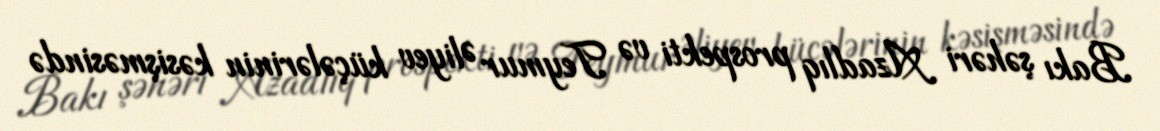
Bakı şəhəri Azadlıq prospekti və Teymur Əliyev küçələrinin kəsişməsində